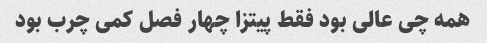
همه چی عالی بود فقط پیتزا چهار فصل کمی چرب بود